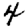
Digit: 4